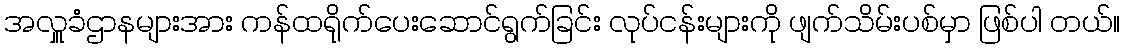
အလှူခံဌာနများအား ကန်ထရိုက်ပေးဆောင်ရွက်ခြင်း လုပ်ငန်းများကို ဖျက်သိမ်းပစ်မှာ ဖြစ်ပါ တယ်။